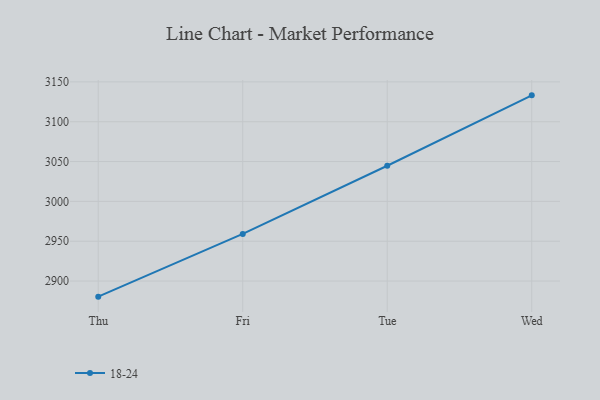
{"axis": {"x": "Day", "y": "Backlog"}, "legend": ["18-24"], "data": [{"x": "Thu", "y": 2880.4, "type": "18-24"}, {"x": "Fri", "y": 2959.1, "type": "18-24"}, {"x": "Tue", "y": 3044.7, "type": "18-24"}, {"x": "Wed", "y": 3133.1, "type": "18-24"}]}